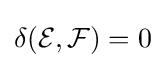
\delta ({\mathcal {E}},{\mathcal {F}})=0